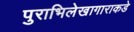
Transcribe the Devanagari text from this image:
पुराभिलेखागाराकडे